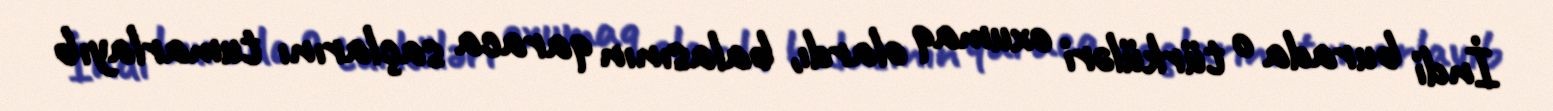
İndi burada o türküləri oxumaq olardı, balasının qaraca saçlarını tumarlayıb